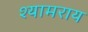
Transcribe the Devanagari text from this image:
श्यामराय